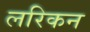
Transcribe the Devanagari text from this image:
लरिकन